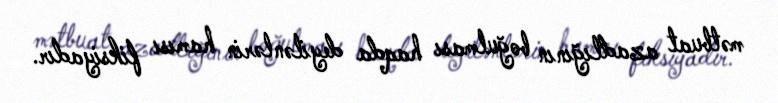
mətbuat azadlığının boğulması haqda deyilənlərin hamısı fiksiyadır.